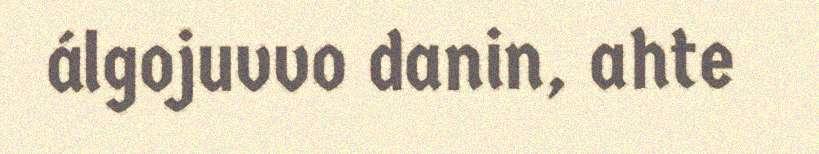
álgojuvvo danin, ahte